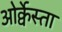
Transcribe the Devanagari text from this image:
ओर्क्वेस्ता